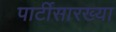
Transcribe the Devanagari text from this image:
पार्टीसारख्या